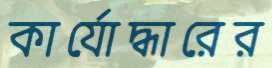
কার্যোদ্ধারের